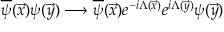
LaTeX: \overline { { { \psi } } } ( \vec { x } ) \psi ( \vec { y } ) \longrightarrow \overline { { { \psi } } } ( \vec { x } ) e ^ { - i \Lambda ( \vec { x } ) } e ^ { i \Lambda ( \vec { y } ) } \psi ( \vec { y } )